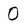
Character: O